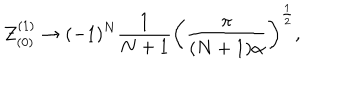
{ \cal Z } _ { ( 0 ) } ^ { ( 1 ) } \to ( - 1 ) ^ { N } \frac { 1 } { N + 1 } \left( \frac { \pi } { ( N + 1 ) \alpha } \right) ^ { \frac { 1 } { 2 } } ,